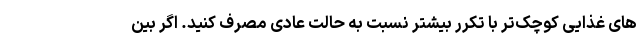
های غذایی کوچک‌تر با تکرر بیشتر نسبت به حالت عادی مصرف کنید. اگر بین